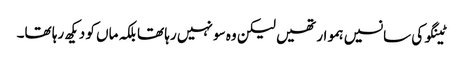
ٹینگو کی سانسیں ہموار تھیں لیکن وہ سو نہیں رہا تھا بلکہ ماں کو دیکھ رہا تھا۔